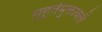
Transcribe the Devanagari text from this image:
मुहूर्तमुक्तावली